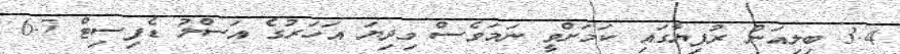
3.4 ބިލިއަން ރުފިޔާގައި ކަމަށްވީ ނަމަވެސް މިދިޔަ އަހަރުގެ އަސްލު ޑެފިސިޓް 6.7